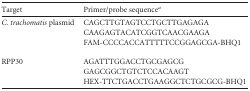
<table><thead><tr><td><b>Target</b></td><td><b>Primer/probe sequence<sup><i>a</i></sup></b></td></tr></thead><tbody><tr><td rowspan="3">C. trachomatis plasmid</td><td>CAGCTTGTAGTCCTGCTTGAGAGA</td></tr><tr><td>CAAGAGTACATCGGTCAACGAAGA</td></tr><tr><td>FAM-CCCCACCATTTTTCCGGAGCGA-BHQ1</td></tr><tr><td rowspan="3">RPP30</td><td>AGATTTGGACCTGCGAGCG</td></tr><tr><td>GAGCGGCTGTCTCCACAAGT</td></tr><tr><td>HEX-TTCTGACCTGAAGGCTCTGCGCG-BHQ1</td></tr></tbody></table>